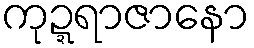
ကုဍ္ဍရာဇာနော